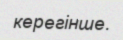
керегінше.